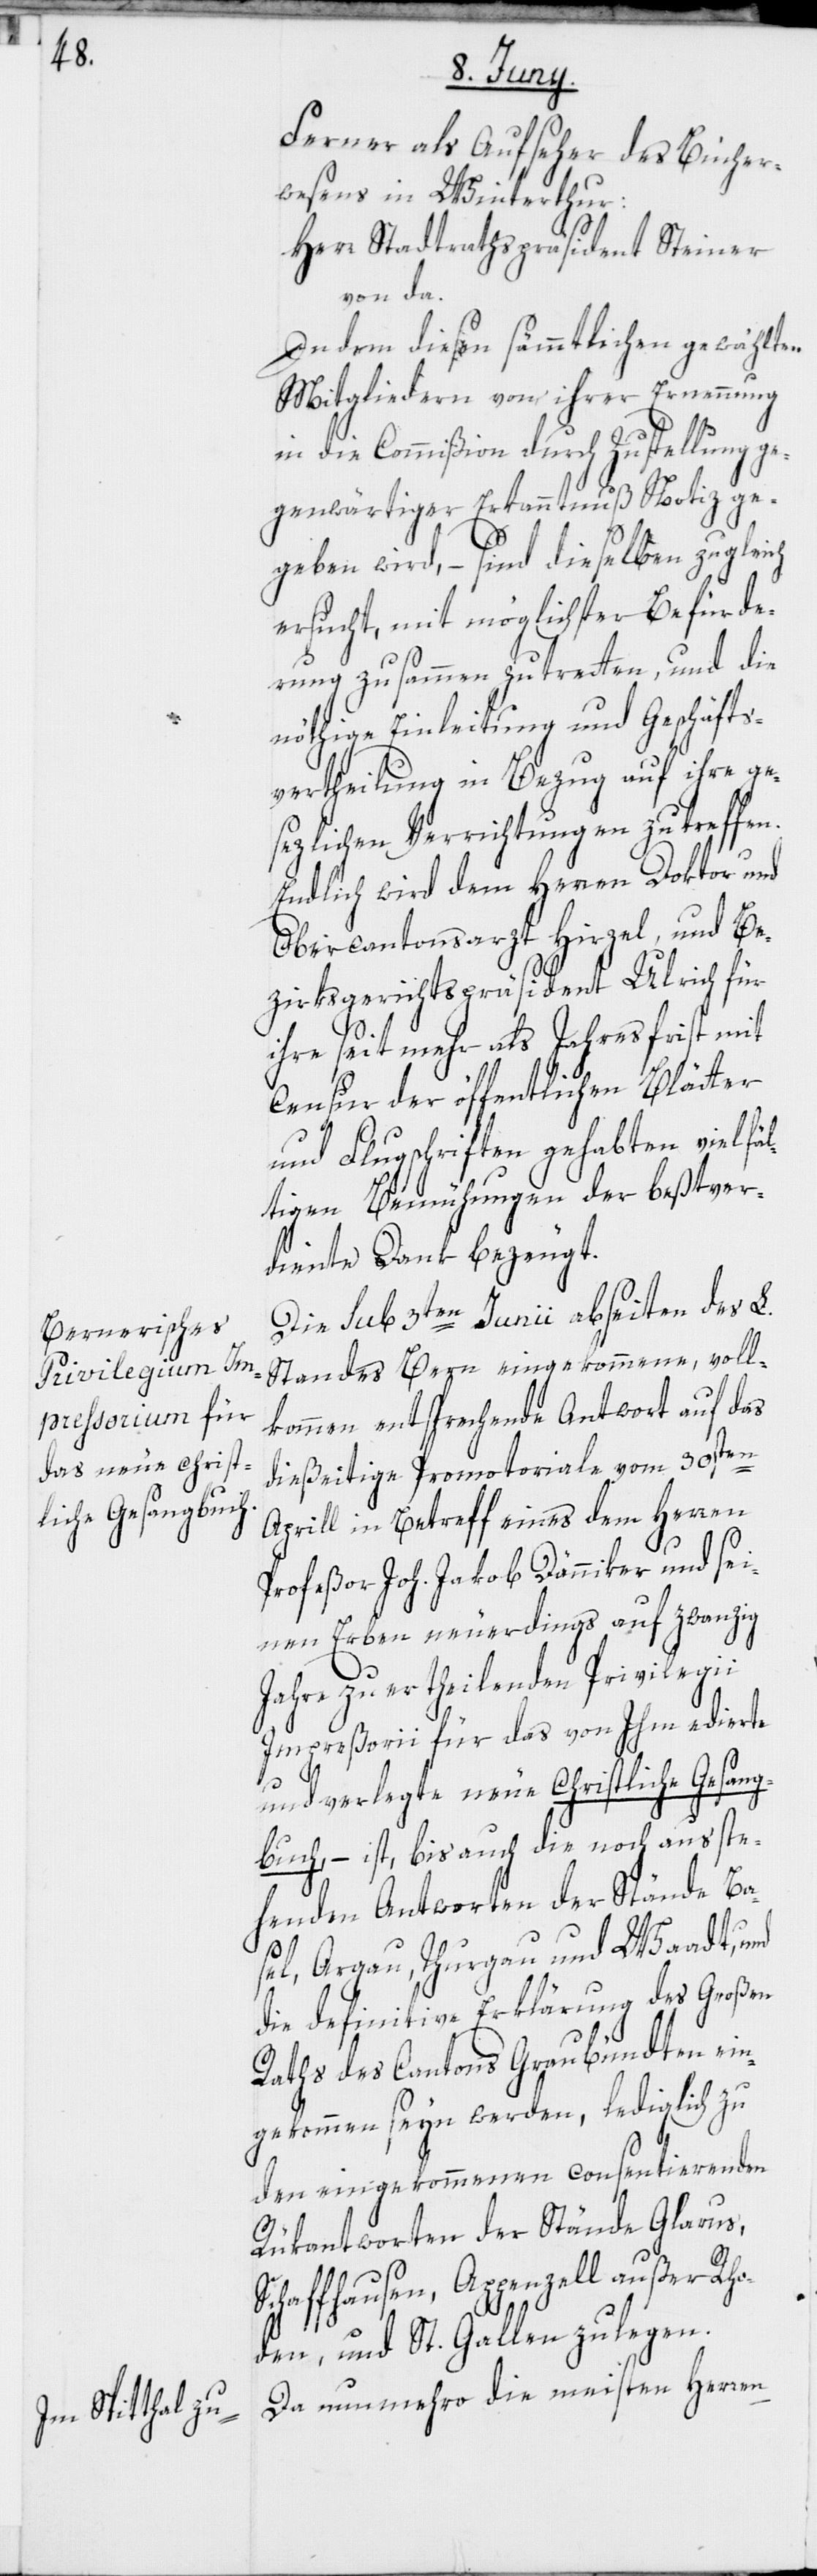
Ferner als Aufseher des Bücher¬
wesens in Winterthur:
Herr Stadtrathspräsident Steiner
von da.
Indem diesen sämmtlichen gewählten
Mitgliedern von ihrer Ernennung
in die Commißion durch Zustellung ge¬
genwärtiger Erkanntnuß Notiz ge¬
geben wird, – sind dieselben zugleich
ersucht, mit möglichster Befürde¬
rung zusammen zu tretten, und die
nöthige Einleitung und Geschäfts¬
vertheilung in Bezug auf ihre ge¬
sezlichen Verrichtungen zu treffen.
Endlich wird dem Herren Doktor und
Obercantonsarzt Hirzel, und Be¬
zirksgerichtspräsident Ulrich für
ihre seit mehr als Jahresfrist mit
Censur der öffentlichen Blätter
und Flugschriften gehabten vielfäl¬
tigen Bemühungen der beßtver¬
diente Dank bezeugt.
Die sub 3ten Junii abseiten des L.
Standes Bern eingekommene, voll¬
kommen entsprechende Antwort auf das
dießeitige Promotoriale vom 30sten
Aprill in Betreff eines dem Herren
Profeßor Joh. Jakob Dänniker und sei¬
nen Erben neuerdings auf zwanzig
Jahre zu ertheilenden Privilegii
Impreßorii für das von Ihm edierte
und verlegte neue Christliche Gesang¬
buch, – ist, bis auch die noch ausste¬
henden Antworten der Stände Ba¬
sel, Argau, Thurgau und Waadt, und
die definitive Erklärung des Großen
Raths des Cantons Graubündten ein¬
gekommen seyn werden, lediglich zu
den eingekommenen consentierenden
Rükantworten der Stände Glarus,
Schaffhausen, Appenzell außer Rh¬
oden, und St. Gallen zu legen.
Da nunmehro die meisten Herren